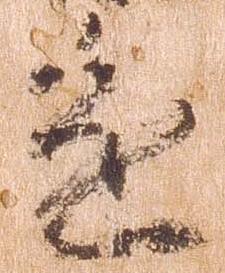
進